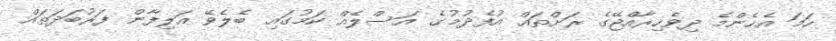
ހަމަ އެހެންމެ ދިވެހިރާއްޖޭގެ ރަށްތައް އުފެދުމުގެ އަސްލެއް ކަމުގައި ބެލެވޭ އަލިފާން ފަރުބަދަތައް